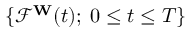
\{ { \mathcal { F } } ^ { \mathbf { W } } ( t ) ; \; 0 \leq t \leq T \}